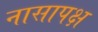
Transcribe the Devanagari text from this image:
नासापक्ष